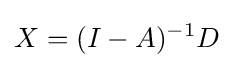
X=(I-A)^{-1}D